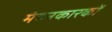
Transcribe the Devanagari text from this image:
मंदनकारकों